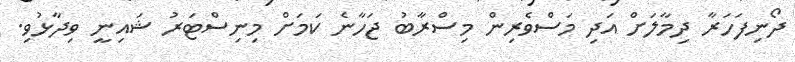
ދޯނިފަހަރާ ދިމާލަށް އަދި މަސްވެރިން މިސްރާބު ޖަހާނެ ކަމަށް މިނިސްޓަރު ޝައިނީ ވިދާޅުވި.